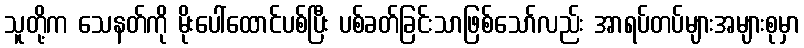
သူတို့က သေနတ်ကို မိုးပေါ်ထောင်ပစ်ပြီး ပစ်ခတ်ခြင်းသာဖြစ်သော်လည်း အာရပ်တပ်များအများစုမှာ